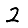
Digit: 2